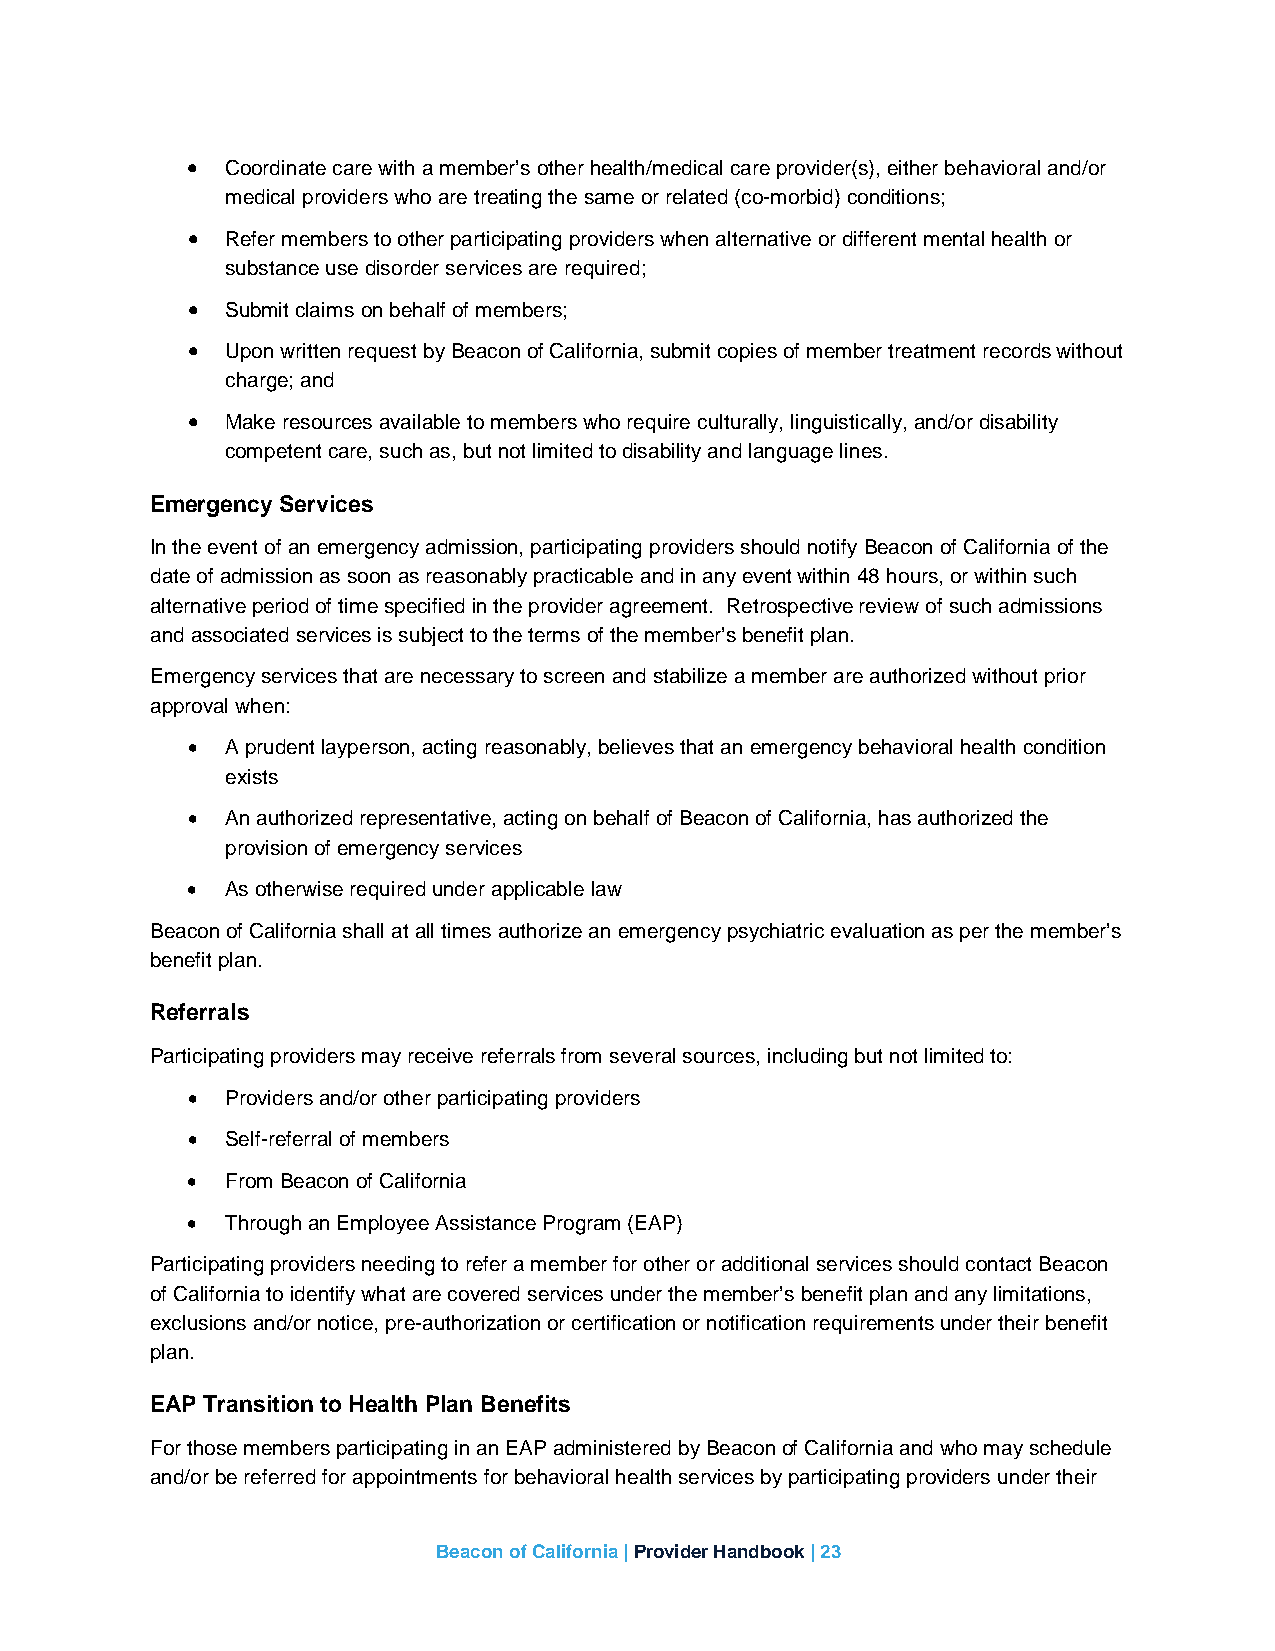
•  Coordinate care with a member’s other health/medical care provider(s), either behavioral and/or
 medical providers who are treating the same or related (co-morbid) conditions;
 •  Refer members to other participating providers when alternative or different mental health or
 substance use disorder services are required;
 •  Submit claims on behalf of members;
 •  Upon written request by Beacon of California, submit copies of member treatment records without
 charge; and
 •  Make resources available to members who require culturally, linguistically, and/or disability
 competent care, such as, but not limited to disability and language lines.
 Emergency Services
 In the event of an emergency admission, participating providers should notify Beacon of California of the
 date of admission as soon as reasonably practicable and in any event within 48 hours, or within such
 alternative period of time specified in the provider agreement. Retrospective review of such admissions
 and associated services is subject to the terms of the member’s benefit plan.
 Emergency services that are necessary to screen and stabilize a member are authorized without prior
 approval when:
 •  A prudent layperson, acting reasonably, believes that an emergency behavioral health condition
 exists
 •  An authorized representative, acting on behalf of Beacon of California, has authorized the
 provision of emergency services
 •  As otherwise required under applicable law
 Beacon of California shall at all times authorize an emergency psychiatric evaluation as per the member’s
 benefit plan.
 Referrals
 Participating providers may receive referrals from several sources, including but not limited to:
 •  Providers and/or other participating providers
 •  Self-referral of members
 •  From Beacon of California
 •  Through an Employee Assistance Program (EAP)
 Participating providers needing to refer a member for other or additional services should contact Beacon
 of California to identify what are covered services under the member’s benefit plan and any limitations,
 exclusions and/or notice, pre-authorization or certification or notification requirements under their benefit
 plan.
 EAP Transition to Health Plan Benefits
 For those members participating in an EAP administered by Beacon of California and who may schedule
 and/or be referred for appointments for behavioral health services by participating providers under their
 Beacon of California | Provider Handbook | 23